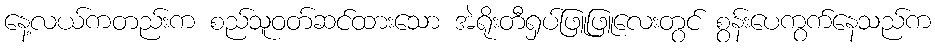
နေ့လယ်ကတည်းက စည်သူဝတ်ဆင်ထားသော အဲရိုးတီရှပ်ဖြူဖြူလေးတွင် စွန်းပေကွက်နေသည်က